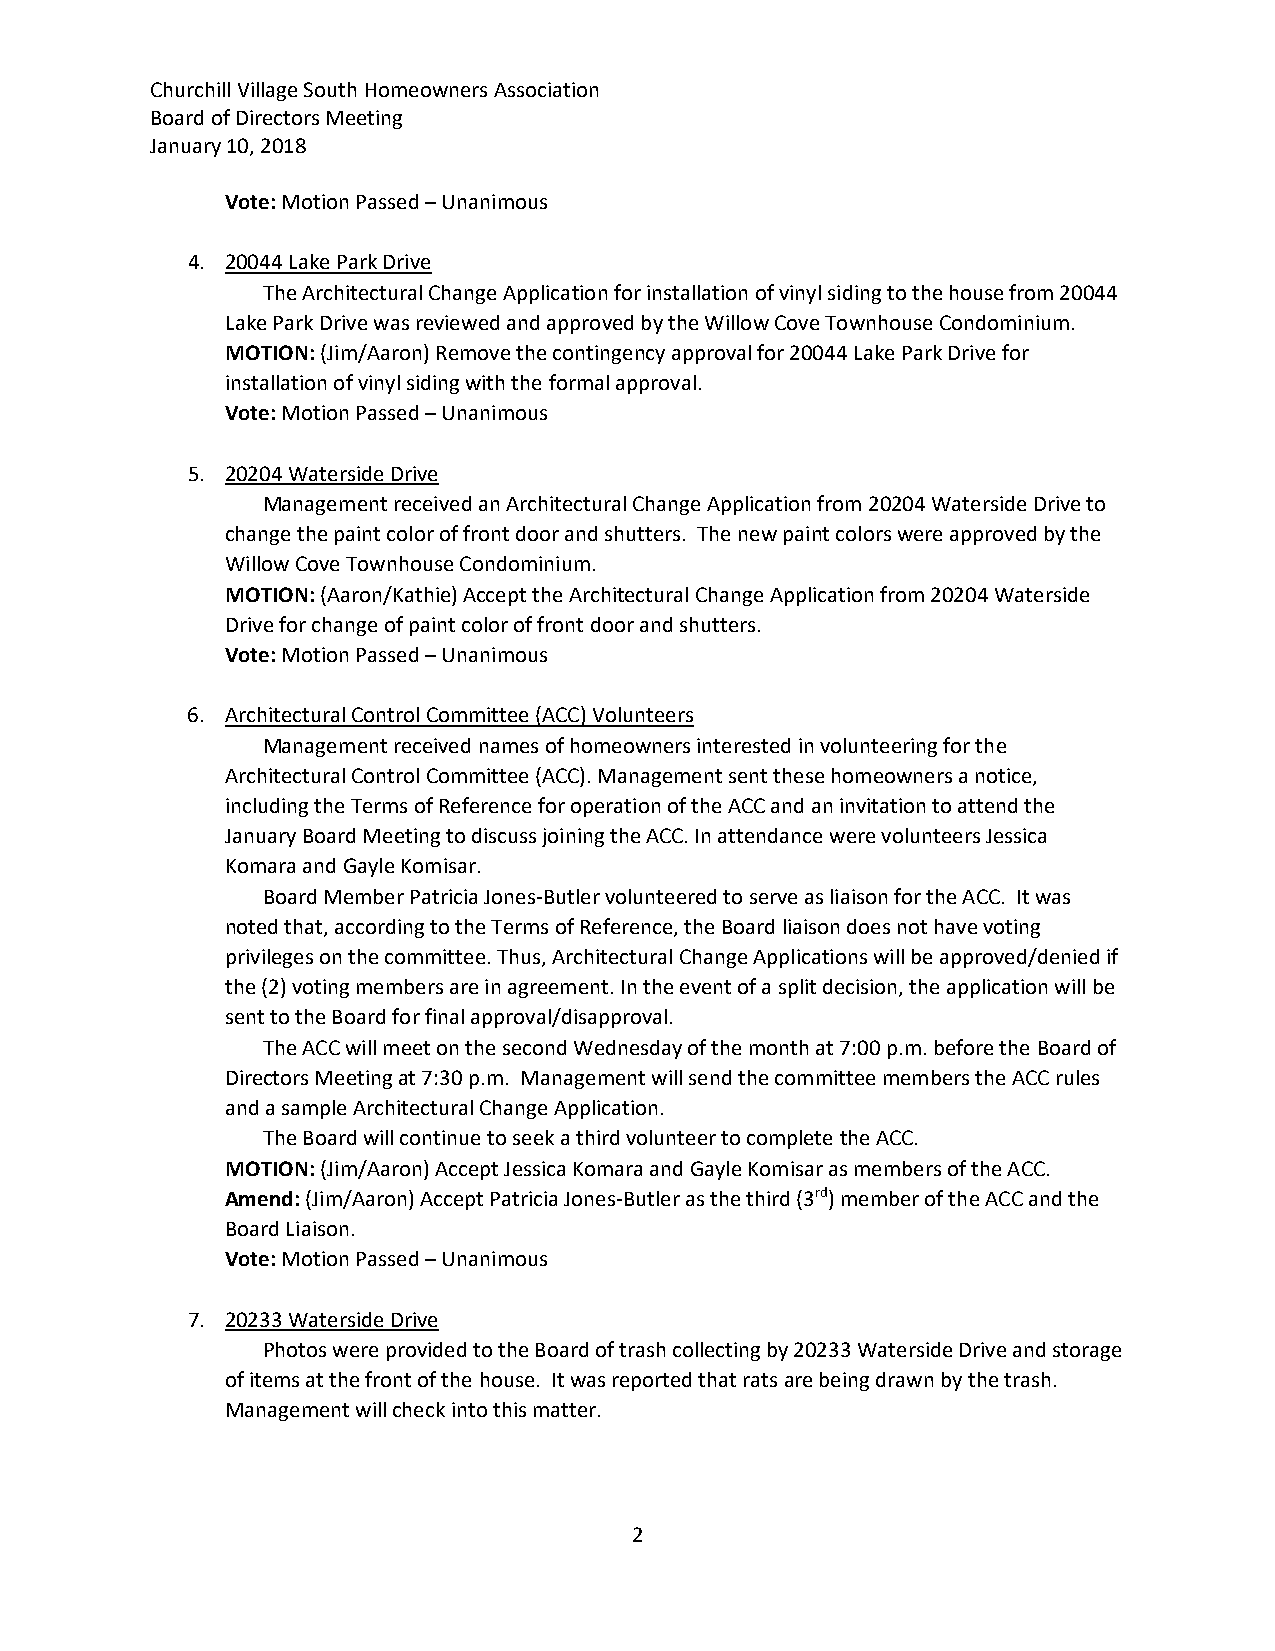
Churchill Village South Homeowners Association
 Board of Directors Meeting
 January 10, 2018
 Vote: Motion Passed – Unanimous
 4. 20044 Lake Park Drive
 The Architectural Change Application for installation of vinyl siding to the house from 20044
 Lake Park Drive was reviewed and approved by the Willow Cove Townhouse Condominium.
 MOTION: (Jim/Aaron) Remove the contingency approval for 20044 Lake Park Drive for
 installation of vinyl siding with the formal approval.
 Vote: Motion Passed – Unanimous
 5. 20204 Waterside Drive
 Management received an Architectural Change Application from 20204 Waterside Drive to
 change the paint color of front door and shutters. The new paint colors were approved by the
 Willow Cove Townhouse Condominium.
 MOTION: (Aaron/Kathie) Accept the Architectural Change Application from 20204 Waterside
 Drive for change of paint color of front door and shutters.
 Vote: Motion Passed – Unanimous
 6. Architectural Control Committee (ACC) Volunteers
 Management received names of homeowners interested in volunteering for the
 Architectural Control Committee (ACC). Management sent these homeowners a notice,
 including the Terms of Reference for operation of the ACC and an invitation to attend the
 January Board Meeting to discuss joining the ACC. In attendance were volunteers Jessica
 Komara and Gayle Komisar.
 Board Member Patricia Jones‐Butler volunteered to serve as liaison for the ACC. It was
 noted that, according to the Terms of Reference, the Board liaison does not have voting
 privileges on the committee. Thus, Architectural Change Applications will be approved/denied if
 the (2) voting members are in agreement. In the event of a split decision, the application will be
 sent to the Board for final approval/disapproval.
 The ACC will meet on the second Wednesday of the month at 7:00 p.m. before the Board of
 Directors Meeting at 7:30 p.m. Management will send the committee members the ACC rules
 and a sample Architectural Change Application.
 The Board will continue to seek a third volunteer to complete the ACC.
 MOTION: (Jim/Aaron) Accept Jessica Komara and Gayle Komisar as members of the ACC.
 Amend: (Jim/Aaron) Accept Patricia Jones‐Butler as the third (3rd) member of the ACC and the
 Board Liaison.
 Vote: Motion Passed – Unanimous
 7. 20233 Waterside Drive
 Photos were provided to the Board of trash collecting by 20233 Waterside Drive and storage
 of items at the front of the house. It was reported that rats are being drawn by the trash.
 Management will check into this matter.
 2